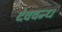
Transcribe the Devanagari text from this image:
देववन्ध